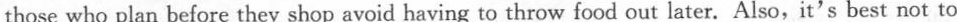
those who plan before they shop avoid having to throw food out later. Also,it's best not to